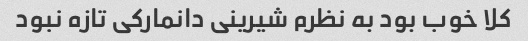
کلا خوب بود به نظرم شیرینی دانمارکی تازه نبود